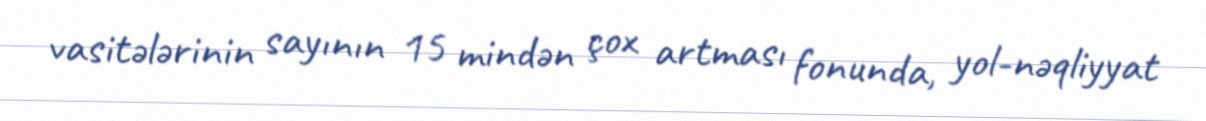
vasitələrinin sayının 15 mindən çox artması fonunda, yol-nəqliyyat